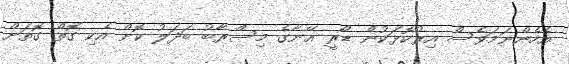
އެހެންނަމަވެސް އިރުކޮޅަކުން ޑޯރީ އޭނާގެ މިސްރާބު ބަދަލު ކޮށް އެކި ގޮތް ގޮތަށް